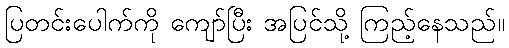
ပြတင်းပေါက်ကို ကျော်ပြီး အပြင်သို့ ကြည့်နေသည်။